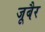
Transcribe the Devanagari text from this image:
जूबैर